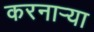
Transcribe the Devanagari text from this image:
करनार्‍या